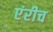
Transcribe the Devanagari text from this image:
एंरीच